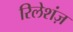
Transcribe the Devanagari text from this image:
रिलेशंज़